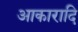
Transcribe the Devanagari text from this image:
आकारादि